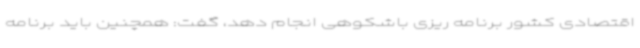
اقتصادی کشور برنامه ریزی باشکوهی انجام دهد، گفت: همچنین باید برنامه